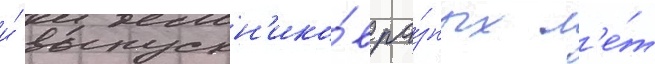
и́ выпускн'ико́в ра́зных л'е́т